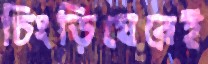
চিংড়িঘেরেই